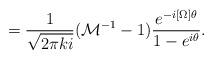
LaTeX: \begin{align*}=\frac{1}{\sqrt{2\pi k i}}({\cal M}^{-1}-1)\frac{e^{-i[\Omega]\theta}}{1-e^{i\theta}}.\end{align*}